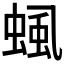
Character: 𧌡